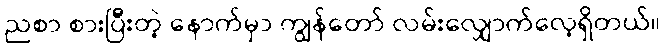
ညစာ စားပြီးတဲ့ နောက်မှာ ကျွန်တော် လမ်းလျှောက်လေ့ရှိတယ်။